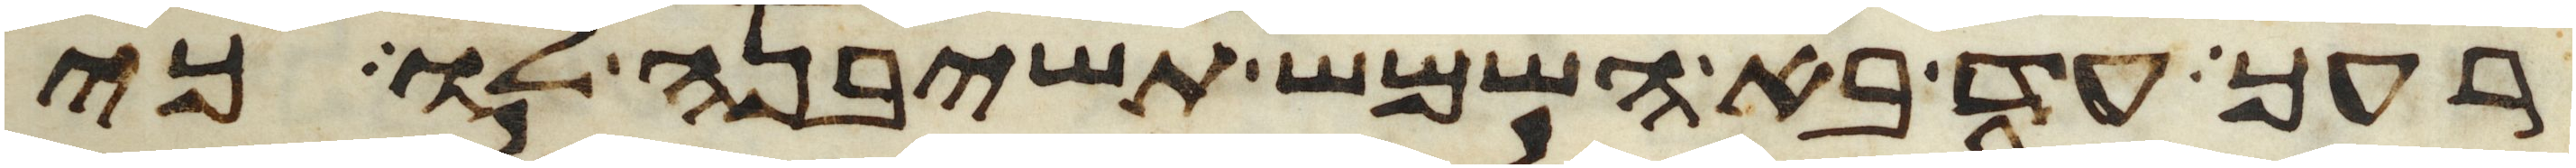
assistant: רעך עד בא השמש תשיבנה לו כי